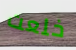
خلعت